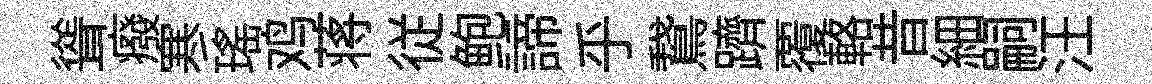
聳癈寒瑶鸡蒋従鲍諦乎鵞躋覆輅昔細嗣汪